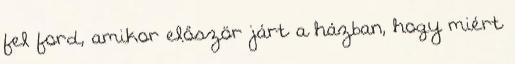
fel ford, amikor először járt a házban, hogy miért